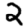
Digit: 2